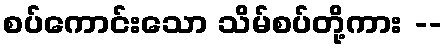
စပ်ကောင်းသော သိမ်စပ်တို့ကား --